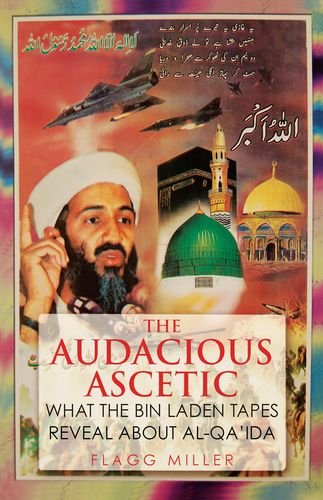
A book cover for The Audacious Ascetic: What the Bin Laden Tapes Reveal About Al-Qa'ida; Flagg Miller; Religion & Spirituality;